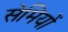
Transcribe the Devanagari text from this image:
सेमियों